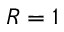
R = 1